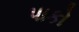
પાકો